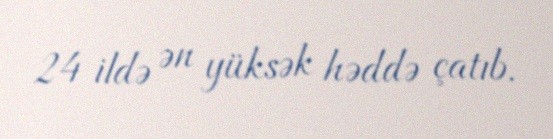
24 ildə ən yüksək həddə çatıb.